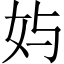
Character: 𱙄